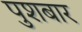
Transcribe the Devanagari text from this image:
पुशबार